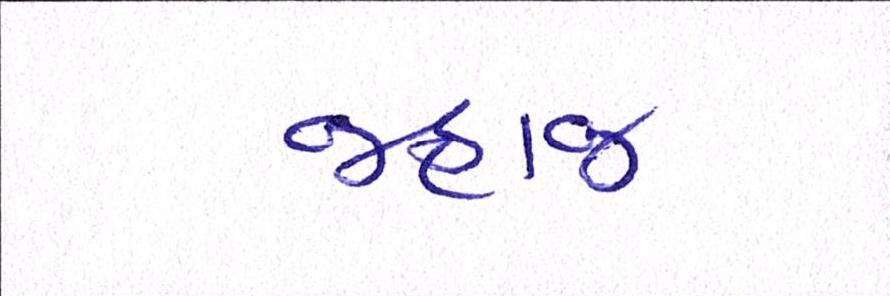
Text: જહાજ